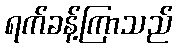
ရက်ခန့်ကြာသည်